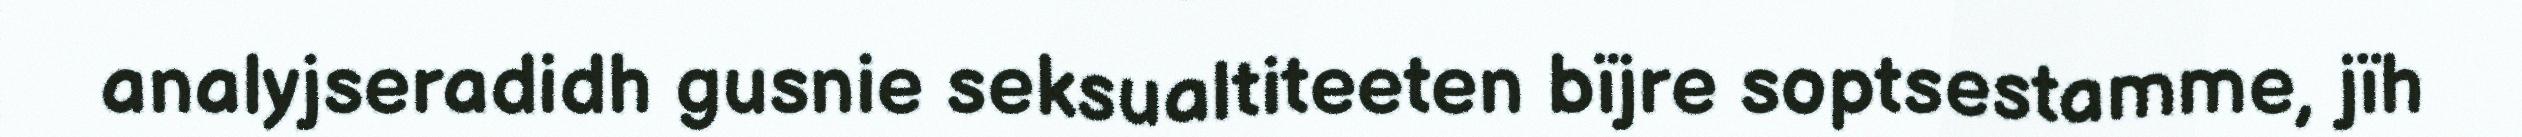
analyjseradidh gusnie seksualtiteeten bïjre soptsestamme, jïh